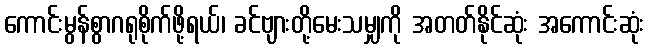
ကောင်းမွန်စွာဂရုစိုက်ဖို့ရယ်၊ ခင်ဗျားတို့မေးသမျှကို အတတ်နိုင်ဆုံး အကောင်းဆုံး